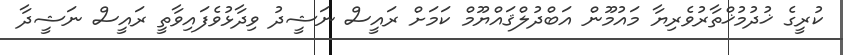
ކުރީގެ ޚުދުމުޚްތާރުވެރިޔާ މައުމޫން އަބްދުލްޤައްޔޫމް ކަމަށް ރައީސް ނަޝީދު ވިދާޅުވެފައިވާތީ ރައީސް ނަޝީދާ